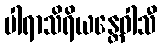
ပါရာသိရိယန္တေဝါသီ